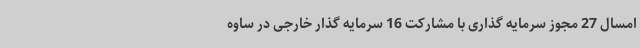
امسال 27 مجوز سرمایه گذاری با مشارکت 16 سرمایه گذار خارجی در ساوه